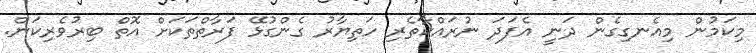
މިކަމުން މިއެނގިގެން ދަނީ އެފަދަ ނުރައްކާތެރި ހަތިޔާރު ގެންގުޅޭ ފަރާތްތަކަށް އޮތް ބިރުވެރިކަން.